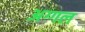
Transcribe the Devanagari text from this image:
अग्गल